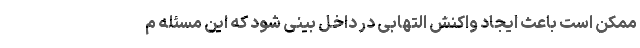
ممکن است باعث ایجاد واکنش التهابی در داخل بینی شود که این مسئله م